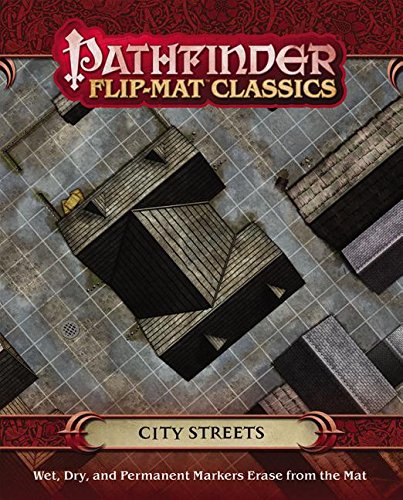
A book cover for Pathfinder Flip-Mat Classics: City Streets; Corey Macourek; Science Fiction & Fantasy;